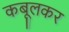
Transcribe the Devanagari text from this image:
कबूलकर